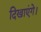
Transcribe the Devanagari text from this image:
दिखाएंगे।